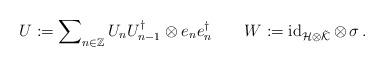
LaTeX: \begin{align*}{U}:=\sum\nolimits_{n\in\mathbb Z} U_nU_{n-1}^\dagger\otimes e_ne_n^\dagger\qquad{W}:= \operatorname{id}_{\mathcal H\otimes\tilde{\mathcal K} }\otimes\,\sigma\,.\end{align*}